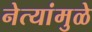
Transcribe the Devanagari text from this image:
नेत्यांमुळे